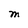
Character: M